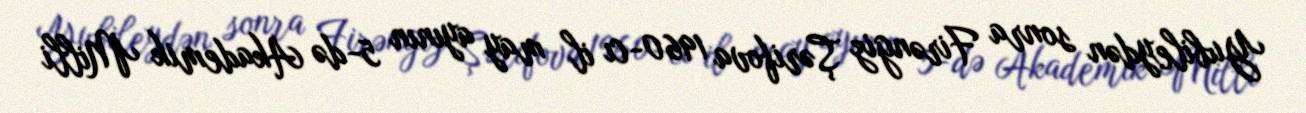
Yubileydən sonra Firəngiz Şərifova 1960-cı il may ayının 5-də Akademik Milli